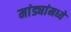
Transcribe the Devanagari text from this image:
मांड्यांमध्ये